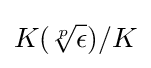
K({\sqrt[{p}]{\epsilon }})/K